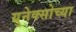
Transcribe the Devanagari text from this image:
युनेक्सोच्या